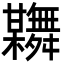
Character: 𦨂